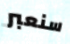
سنعبر